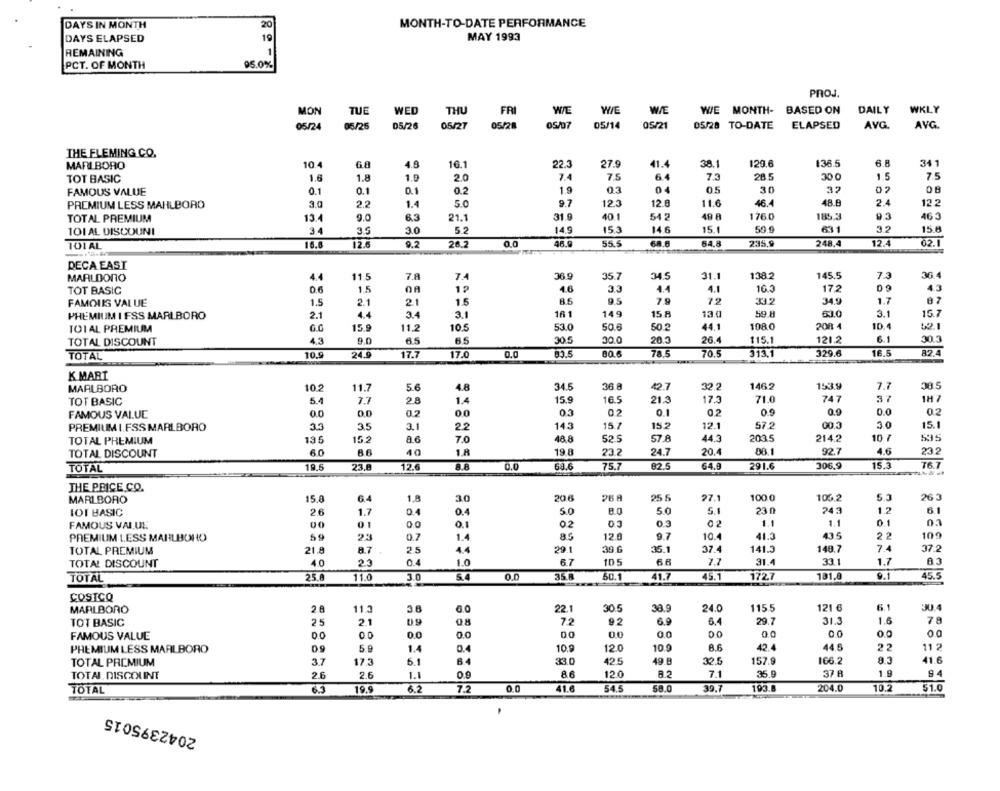
DAYS IN MONTH
20
MONTH-TO-DATE PERFORMANCE
DAYS ELAPSED
19
MAY 1993
REMAINING
1
PCT. OF MONTH
95.0%
PROJ.
TUE
WED
THU
FR
WIE
WIE
WIE
WE MONTH- BASED ON
DAILY
WKLY
MON
05/25
05/26
05/27
05/28
05/07
05/14
05/21
05/28 TO-DATE ELAPSED
AVG
AVG.
THE FLEMING CO.
MARLBORO
10.4
68
4.6
16.1
22.3
27.9
41.4
38.1
129.6
136.5
6.8
341
TOT BASIC
1.6
1.8
1.9
2.0
7.4
7.5
6.4
28.5
30 0
1.5
7.5
FAMOUS VALUE
0.1
0.1
0.1
0.2
1.9
03
05
30
32
08
PREMIUM LESS MAHLBORO
30
22
1.4
5.0
9.7
12.3
12.0
11.6
46.4
48.8
2.4
12.2
1760
185.3
9.3
463
TOTAL PREMIUM
13.4
9.0
6.3
21.1
31.9
401
542
49 A
3.4
3.0
5.2
14.9
153
14.6
15.
59.9
631
3.2
15 8
101 AL DISCOUNI
3.5
101 AL
16.6
12.6
9.2
26.2
0.0
46.
55.5
68.6
54.8
235.9
248.4
12.4
02.1
DECA EAST
MARLDONO
4.4
11.5
7.8
7.4
36 9
35.7
34.5
31.1
138.2
145.5
7.3
36.4
TOT BASIC
1.5
DA
1₽
1.6
3.3
4.4
4.1
16.3
172
09
4.3
1.5
21
15
8.5
9.5
79
33.2
34.9
1.7
87
FAMOUS VALUE
PREMIUM I FSS MARLBORO
2.1
4.4
3.4
3.1
161
149
15 8
13.0
59.8
63.0
3.1
15.7
10.4
52.1
TOIAL PREMIUM
15.9
11.2
10 5
53.0
50.6
50.2
44.1
108.0
208 4
TOTAL DISCOUNT
9.0
65
30.5
30.0
20.3
26.4
115.1
121.2
30.3
TOTAL
10.9
24.9
17.7
17.0
0.0
83.5
80.6
78.5
70.5
313.1
329.6
16,5
82.4
KMART
MARLBORO
10.2
11.7
5.6
4.8
34.5
36 8
42.7
32.2
1462
153.9
7.7
30.5
TOT BASIC
5.4
7.7
2.8
1.4
15.9
16.5
21.3
17.3
71.0
747
37
1H 7
03
0.2
0.1
0.2
0.9
0.9
0.0
0.2
FAMOUS VALUE
0.0
0.0
0.2
0.0
PREMIUM I.FSS MARLBORO
33
3.5
3.1
22
143
15.7
15.2
12.1
57.2
00 3
30
15.1
TOTAL PREMIUM
135
15.2
a.6
70
48.8
52.5
57.8
44.3
203.5
214.2
10 7
535
60
BE
40
1 R
19.8
23.2
24.7
20.
80.1
92.7
4.6
23.2
TOTAL DISCOUNT
TOTAL
19.5
23.8
12.6
8.8
0.0
63.6
75.7
82.5
64.9
291.6
306.9
15.3
76.7
THE PRICE CO.
MARLBORO
15.8
64
1.8
30
20.6
26 A
25 5
97.1
100 0
100 2
5.3
26 3
IOT BASIC
2.6
1.7
04
0.4
5.0
8.0
5.0
5.1
23 n
243
1.2
61
01
00
01
03
02
1.1
1.1
0.1
FAMOUS VALUE
00
0.2
0.3
PREMIUM LESS MARLBORO
0.7
1.4
85
12.0
9.7
10.4
41.3
435
22
109
7.4
TOTAL PREMIUM
21.8
2.5
29.1
39.6
35.1
37.4
141.3
148.7
37.2
TOTAL DISCOUNT
4.0
0.4
1.0
6.7
105
66
7.7
31.4
33.1
1.7
83
25.8
11.0
3.0
0.0
35.A
50.1
41.7
45.1
1727
191.8
9.1
45.5
TOTAL
COSTCO
MARLBORO
20
113
6.0
22.1
30.5
38.9
24.0
115.5
121 6
61
30.4
TOT BASIC
25
2.1
09
08
72
9.2
6.9
6.4
29.7
31.3
1.6
78
00
0.0
0.0
0.0
0.0
0.0
00
00
FAMOUS VALUE
00
0.0
PREMIUM LESS MARLBORO
09
5.9
1.4
0.4
10.9
12.0
10.9
8.6
42.4
44.5
22
11 2
TOTAL PREMIUM
37
173
5.1
84
33.0
425
49 B
32.5
157.9
166.2
83
41.6
37 8
1.9
94
TOTAL DISCOLINT
2.6
2.6
1.1
8.6
12.0
7.1
35.9
19.9
6.2
7.2
0.0
41.6
54.5
58.0
39.7
193.
204.0
10.2
51.0
TOTAL
2042395015